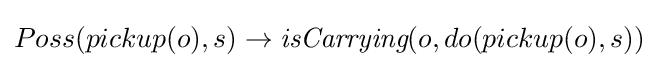
Poss(pickup(o),s)\rightarrow {\textit {isCarrying}}(o,do(pickup(o),s))